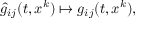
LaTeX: { \hat { g } } _ { i j } ( t , x ^ { k } ) \mapsto g _ { i j } ( t , x ^ { k } ) ,